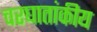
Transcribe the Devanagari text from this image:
चरघातांकीय